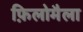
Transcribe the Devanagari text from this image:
फ़िलोमैला